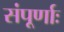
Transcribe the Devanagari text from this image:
संपूर्णाः